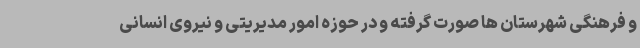
و فرهنگی شهرستان ها صورت گرفته و در حوزه امور مدیریتی و نیروی انسانی